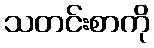
သတင်းစာကို